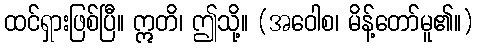
ထင်ရှားဖြစ်ပြီ။ ဣတိ၊ ဤသို့။ (အဝေါစ၊ မိန့်တော်မူ၏။)